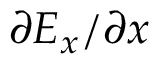
\partial E _ { x } / \partial x